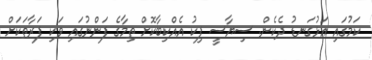
ކަމުގައި އަޅުގަނޑު ދެކެން. ސިޔާސީ ފިކު އެއްކިބާކޮށް ތިމާގެ ފަންނުގައި ވަކި ފަރާތަކަށް